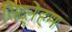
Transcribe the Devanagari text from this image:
सिद्नेहम